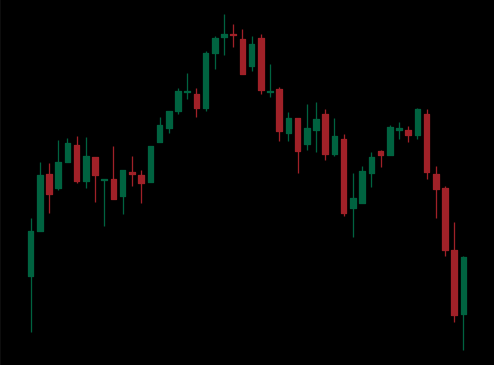
Pattern: head_shoulders